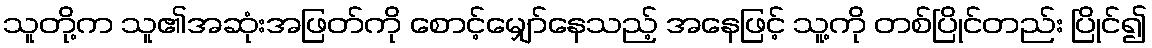
သူတို့က သူ၏အဆုံးအဖြတ်ကို စောင့်မျှော်နေသည့် အနေဖြင့် သူ့ကို တစ်ပြိုင်တည်း ပြိုင်၍